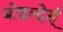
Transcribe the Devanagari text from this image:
बोइल्देर्स्